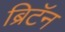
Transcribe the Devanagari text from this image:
ब्रिटॅन